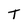
Character: T